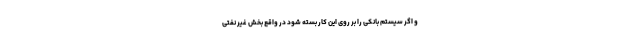
و اگر سیستم بانکی را بر روی این کار بسته شود در واقع بخش غیر نفتی